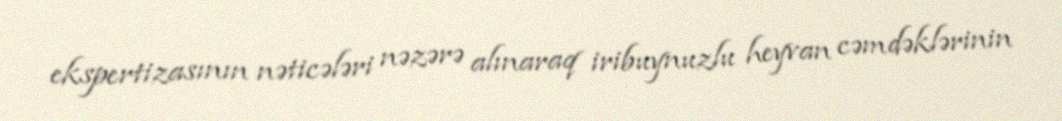
ekspertizasının nəticələri nəzərə alınaraq iribuynuzlu heyvan cəmdəklərinin